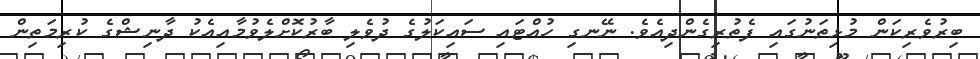
ބިރުވެރިކަންް މުޅިތަނުގައި ފެތުރިގެންދިއެވެ. ނޭނގި ހުއްޓައި ސައިކަލުގެ ދުވެލި ބާރުކޮށްލެވުމާއިއެކު ދާނިޝްގެ ކުރިމަތިން